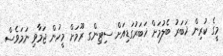
މީގެ ކުރިން ޚަބަރު ބެލުމަށް ޚަބަރުގަޑިއަށް ސިޓިންގ ރޫމަށް މީހުން ޖަމާވި ނަމަވެސް